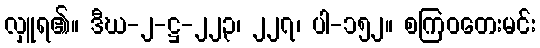
လှူရ၏။ ဒီဃ-၂-ဋ္ဌ-၂၂၃၊ ၂၂၇၊ ပါ-၁၅၂။ စကြဝတေးမင်း